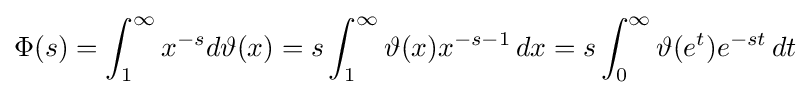
\Phi (s)=\int _{1}^{\infty }x^{-s}d\vartheta (x)=s\int _{1}^{\infty }\vartheta (x)x^{-s-1}\,dx=s\int _{0}^{\infty }\vartheta (e^{t})e^{-st}\,dt